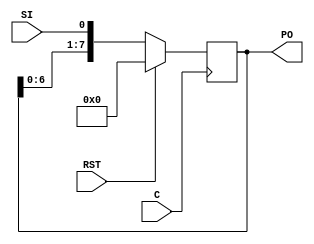
`timescale 1ns / 1ps
//////////////////////////////////////////////////////////////////////////////////
// Company: 
// Engineer: 
// 
// Design Name: 
// Module Name: RegistroCorrelacion
// Project Name: 
// Target Devices: 
// Tool Versions: 
// Description: 
// 
// Dependencies: 
// 
// Revision:
// Revision 0.01 - File Created
// Additional Comments:
// 
//////////////////////////////////////////////////////////////////////////////////

module shiftR (C, SI,RST, PO);
input  C,SI,RST; 
output wire[7:0] PO; 
reg [7:0] tmp; 

 
  always @(posedge C) 
  begin 

    if(RST==1)
    begin
      tmp=0;
      end
    else
    begin
      tmp <= {tmp[6:0], SI};
    end 
  end 
  assign PO  = tmp; 

endmodule